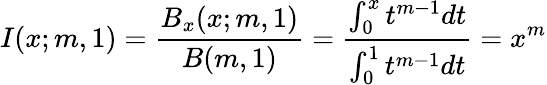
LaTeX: I(x;m,1)=\frac{B_{x}(x;m,1)}{B(m,1)}=\frac{\int_{0}^{x}t^{m-1}dt}{\int_{0}^{1}t^{m-1}dt}=x^{m}